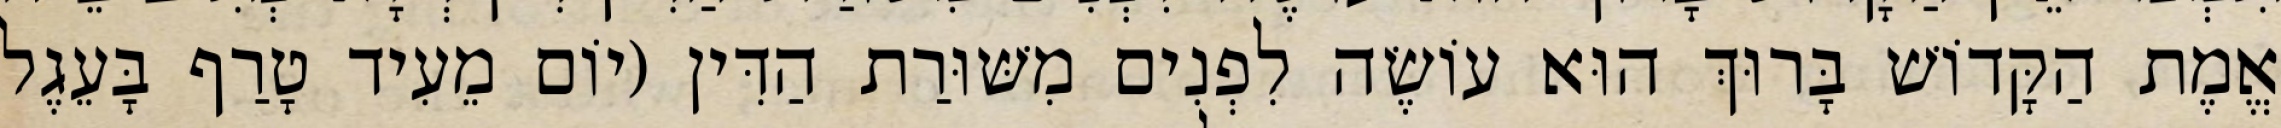
אֱמֶת הַקָּדוֹשׁ בָּרוּךְ הוּא עוֹשֶׂה לִפְנִים מִשּׁוּרַת הַדִּין (יוֹם מֵעִיד טָרַף בָּעֵגֶל